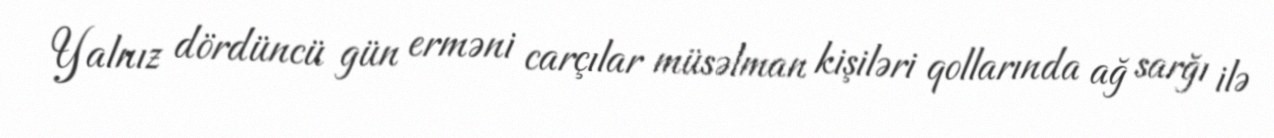
Yalnız dördüncü gün erməni carçılar müsəlman kişiləri qollarında ağ sarğı ilə